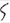
Text: S